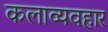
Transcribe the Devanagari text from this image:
कलाव्यवहार